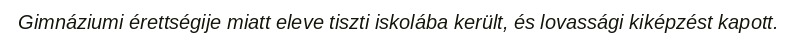
Gimnáziumi érettségije miatt eleve tiszti iskolába került, és lovassági kiképzést kapott.